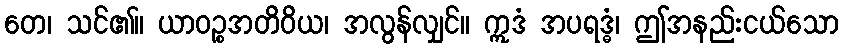
တေ၊ သင်၏။ ယာဝဉ္စအတိဝိယ၊ အလွန်လျှင်။ ဣဒံ အပရဒ္ဓံ၊ ဤအနည်းငယ်သော